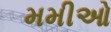
મમીઓ